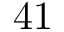
4 1